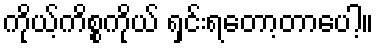
ကိုယ့်ကိစ္စကိုယ် ရှင်းရတော့တာပေါ့။